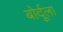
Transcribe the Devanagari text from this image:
बोर्दूला